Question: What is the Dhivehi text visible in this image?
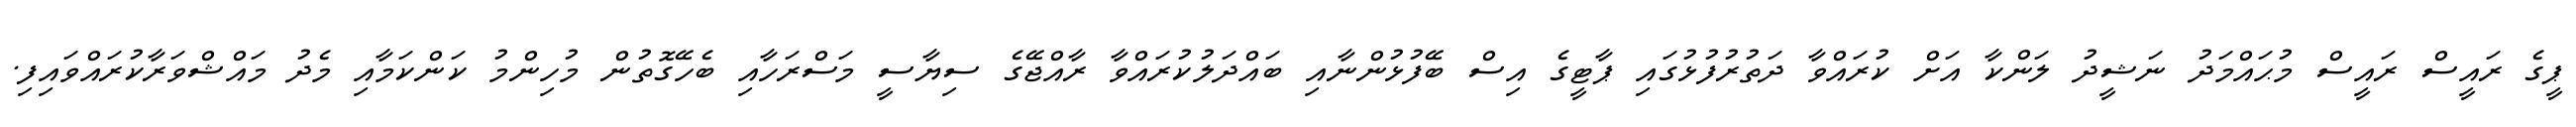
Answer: ޕީގެ ރައީސް ރައީސް މުޙައްމަދު ނަޝީދު ލަންކާ އަށް ކުރައްވާ ދަތުރުފުޅުގައި ޕާޓީގެ އިސް ބޭފުޅުންނާއި ބައްދަލުކުރައްވާ ރާއްޖޭގެ ސިޔާސީ މަސްރަހާއި ބެހޭގޮތުން މުހިންމު ކަންކަމާއި މެދު މައްޝްވަރާކުރައްވައިފި.